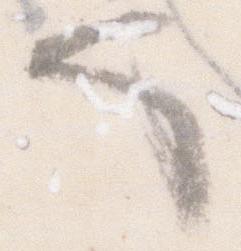
也